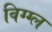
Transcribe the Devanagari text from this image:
विग्ग्ल